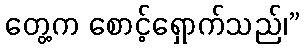
တွေ့က စောင့်ရှောက်သည်၊”